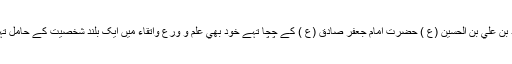
زيد بن علي بن الحسين (ع ) حضرت امام جعفر صادق (ع ) کے چچا تہے خود بھي علم و ورع واتقاء ميں ايک بلند شخصيت کے حامل تہے۔